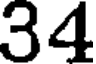
34